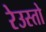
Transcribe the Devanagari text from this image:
रेउस्तो